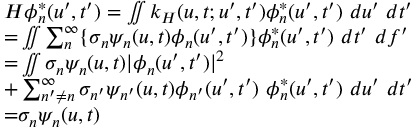
\begin{array} { r l } & { H \phi _ { n } ^ { * } ( u ^ { \prime } , t ^ { \prime } ) = \iint k _ { H } ( u , t ; u ^ { \prime } , t ^ { \prime } ) \phi _ { n } ^ { * } ( u ^ { \prime } , t ^ { \prime } ) ~ d u ^ { \prime } ~ d t ^ { \prime } } \\ & { { = } \iint \sum _ { n } ^ { \infty } \{ \sigma _ { n } \psi _ { n } ( u , t ) \phi _ { n } ( u ^ { \prime } , t ^ { \prime } ) \} \phi _ { n } ^ { * } ( u ^ { \prime } , t ^ { \prime } ) ~ d t ^ { \prime } ~ d f ^ { \prime } } \\ & { { = } \iint \sigma _ { n } \psi _ { n } ( u , t ) | \phi _ { n } ( u ^ { \prime } , t ^ { \prime } ) | ^ { 2 } } \\ & { + \sum _ { n ^ { \prime } \neq n } ^ { \infty } \sigma _ { n ^ { \prime } } \psi _ { n ^ { \prime } } ( u , t ) \phi _ { n ^ { \prime } } ( u ^ { \prime } , t ^ { \prime } ) \ \phi _ { n } ^ { * } ( u ^ { \prime } , t ^ { \prime } ) ~ d u ^ { \prime } ~ d t ^ { \prime } } \\ & { { = } \sigma _ { n } \psi _ { n } ( u , t ) } \end{array}